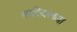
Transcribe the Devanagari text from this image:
वारियरच्या